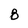
Character: 8